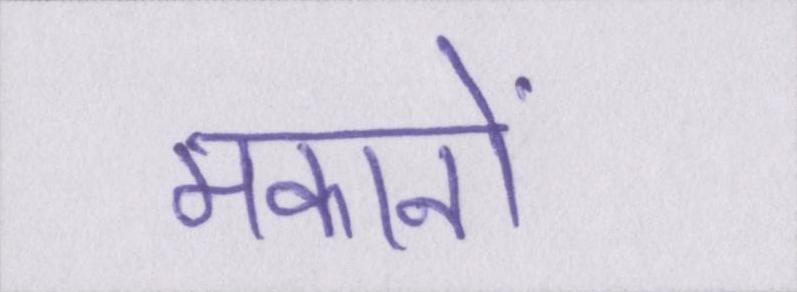
मकानों